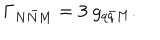
\Gamma _ { N \bar { N } M } = 3 ~ g _ { q \bar { q } M } .